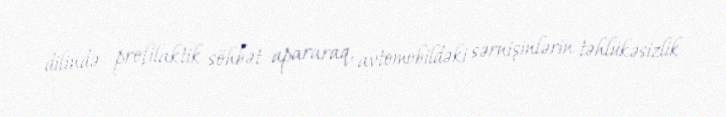
dilində profilaktik söhbət apararaq, avtomobildəki sərnişinlərin təhlükəsizlik